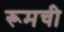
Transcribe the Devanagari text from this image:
रूमची